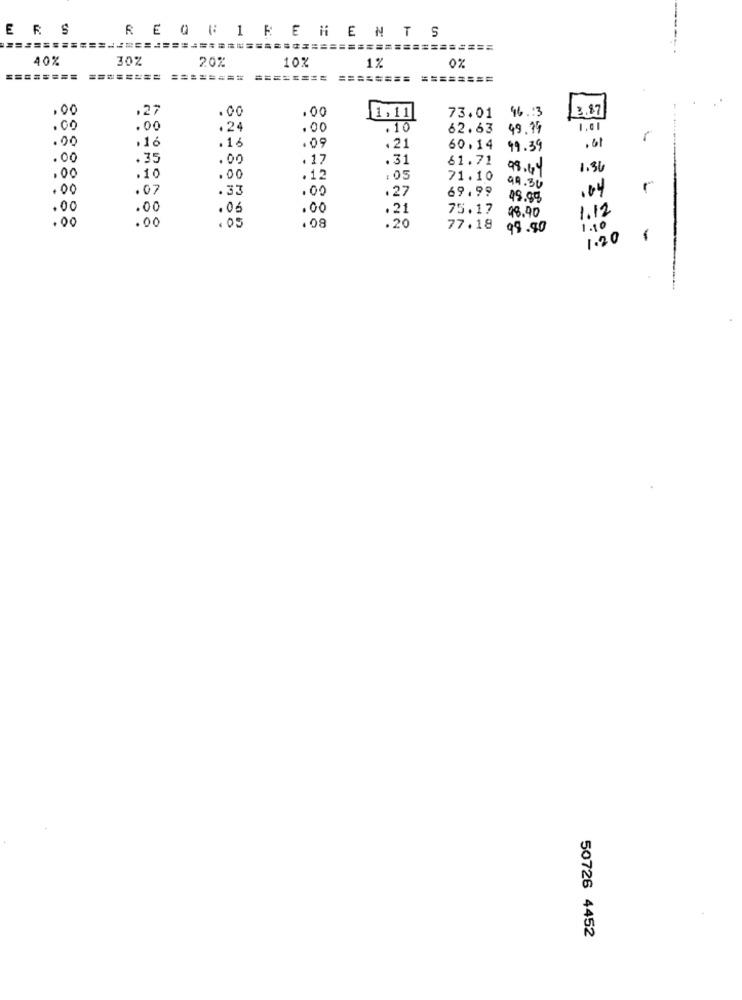
ERS
REQUIREMENTS
=================
================
40%
30%
20%
10%
1%
0%
======
======= ========
======== ======== ========
.00
,27
. 00
.00
96.13
3.87
11,11
73.01
.00
.00
.24
.00
.10
62.63
99.99
1.01
.00
. 16
.16
.21
r
. 09
60.14
99.39
,61
.00
.35
.00
. 17
.31
61.71
98.69
1.36
.00
.10
.00
.12
. 05
71.10
99.30
.00
.07
.33
.00
.27
69.99
.04
49.99
.00
.00
.06
.00
.21
75.17
48.40
1.12
.00
.00
. 20
.05
.08
77.18
98.90
150
1.20
-
50726 4452